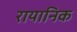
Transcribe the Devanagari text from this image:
रायानिक